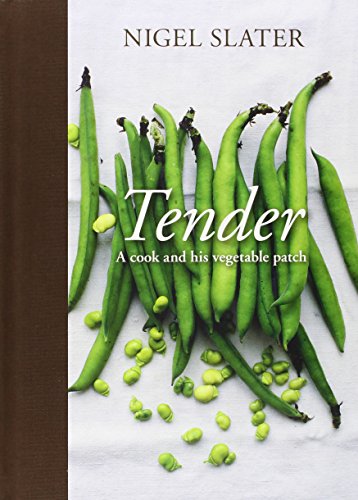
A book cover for Tender: A Cook and His Vegetable Patch; Nigel Slater; Cookbooks, Food & Wine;